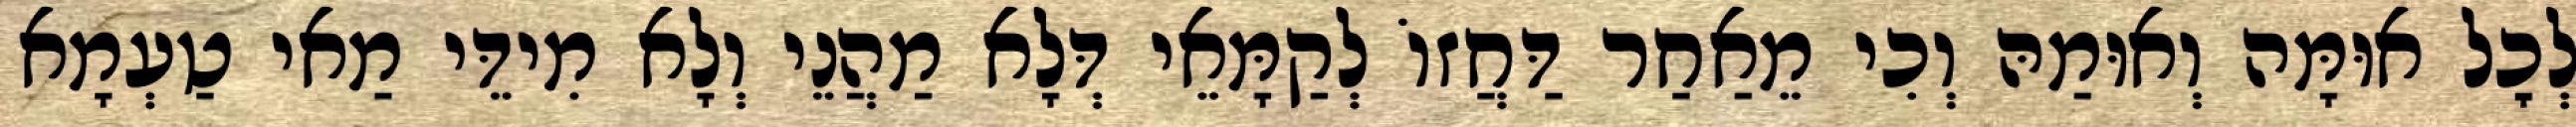
לְכׇל אוּמָּה וְאוּמַהּ וְכִי מֵאַחַר דַּחֲזוֹ לְקַמָּאֵי דְּלָא מַהֲנֵי וְלָא מִידֵּי מַאי טַעְמָא